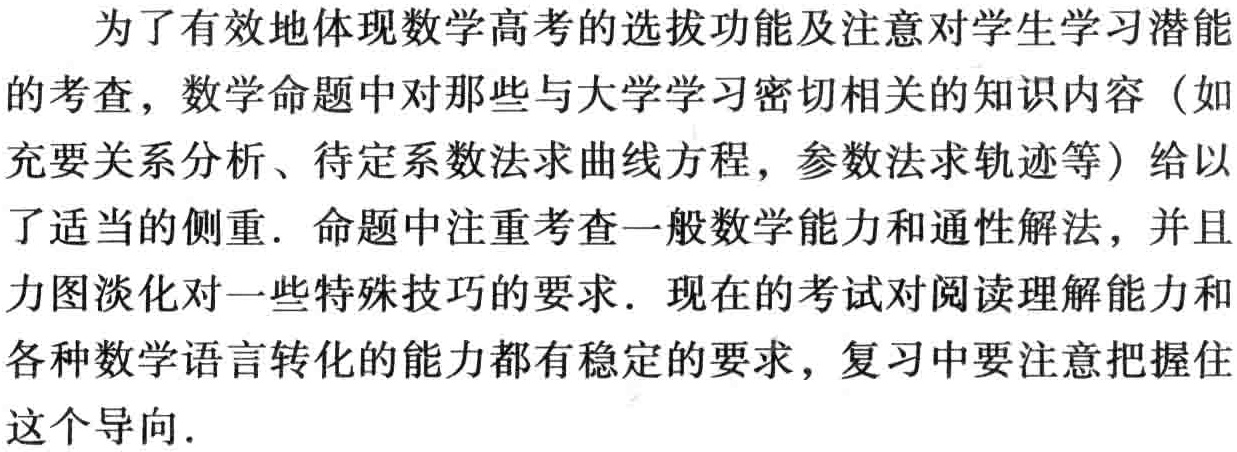
为了有效地体现数学高考的选拔功能及注意对学生学习潜能

的考查，数学命题中对那些与大学学习密切相关的知识内容（如

充要关系分析、待定系数法求曲线方程，参数法求轨迹等）给以

了适当的侧重. 命题中注重考查一般数学能力和通性解法，并且

力图淡化对一些特殊技巧的要求. 现在的考试对阅读理解能力和

各种数学语言转化的能力都有稳定的要求，复习中要注意把握住

这个导向.